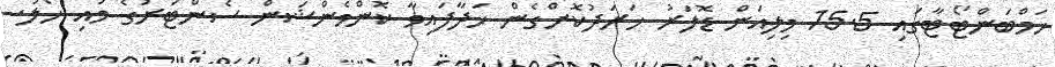
ހަމްބަންޓޯޓާގައި 15.5 މިލިއަން ޑޮލަރު ޚަރަދުކޮށްގެން ހަދާފައިވާ ކޮންވެންޝަން ސެންޓަރުގެ މައި ހޯލު.